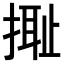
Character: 𢲮